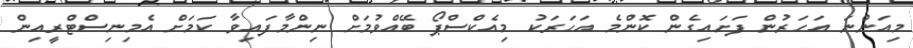
މިއަންނަ އަހަރުން ފަށައިގެން ކޮންމެ އަހަރަކު މިއެކްސްޕޯ ބޭއްވުމަށް ނިންމާފައިވާ ކަމަށް އެމިނިސްޓްރީއިން